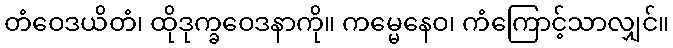
တံဝေဒယိတံ၊ ထိုဒုက္ခဝေဒနာကို။ ကမ္မေနေဝ၊ ကံကြောင့်သာလျှင်။